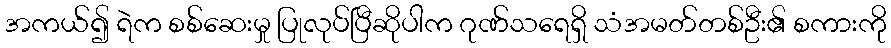
အကယ်၍ ရဲက စစ်ဆေးမှု ပြုလုပ်ပြီဆိုပါက ဂုဏ်သရေရှိ သံအမတ်တစ်ဦး၏ စကားကို